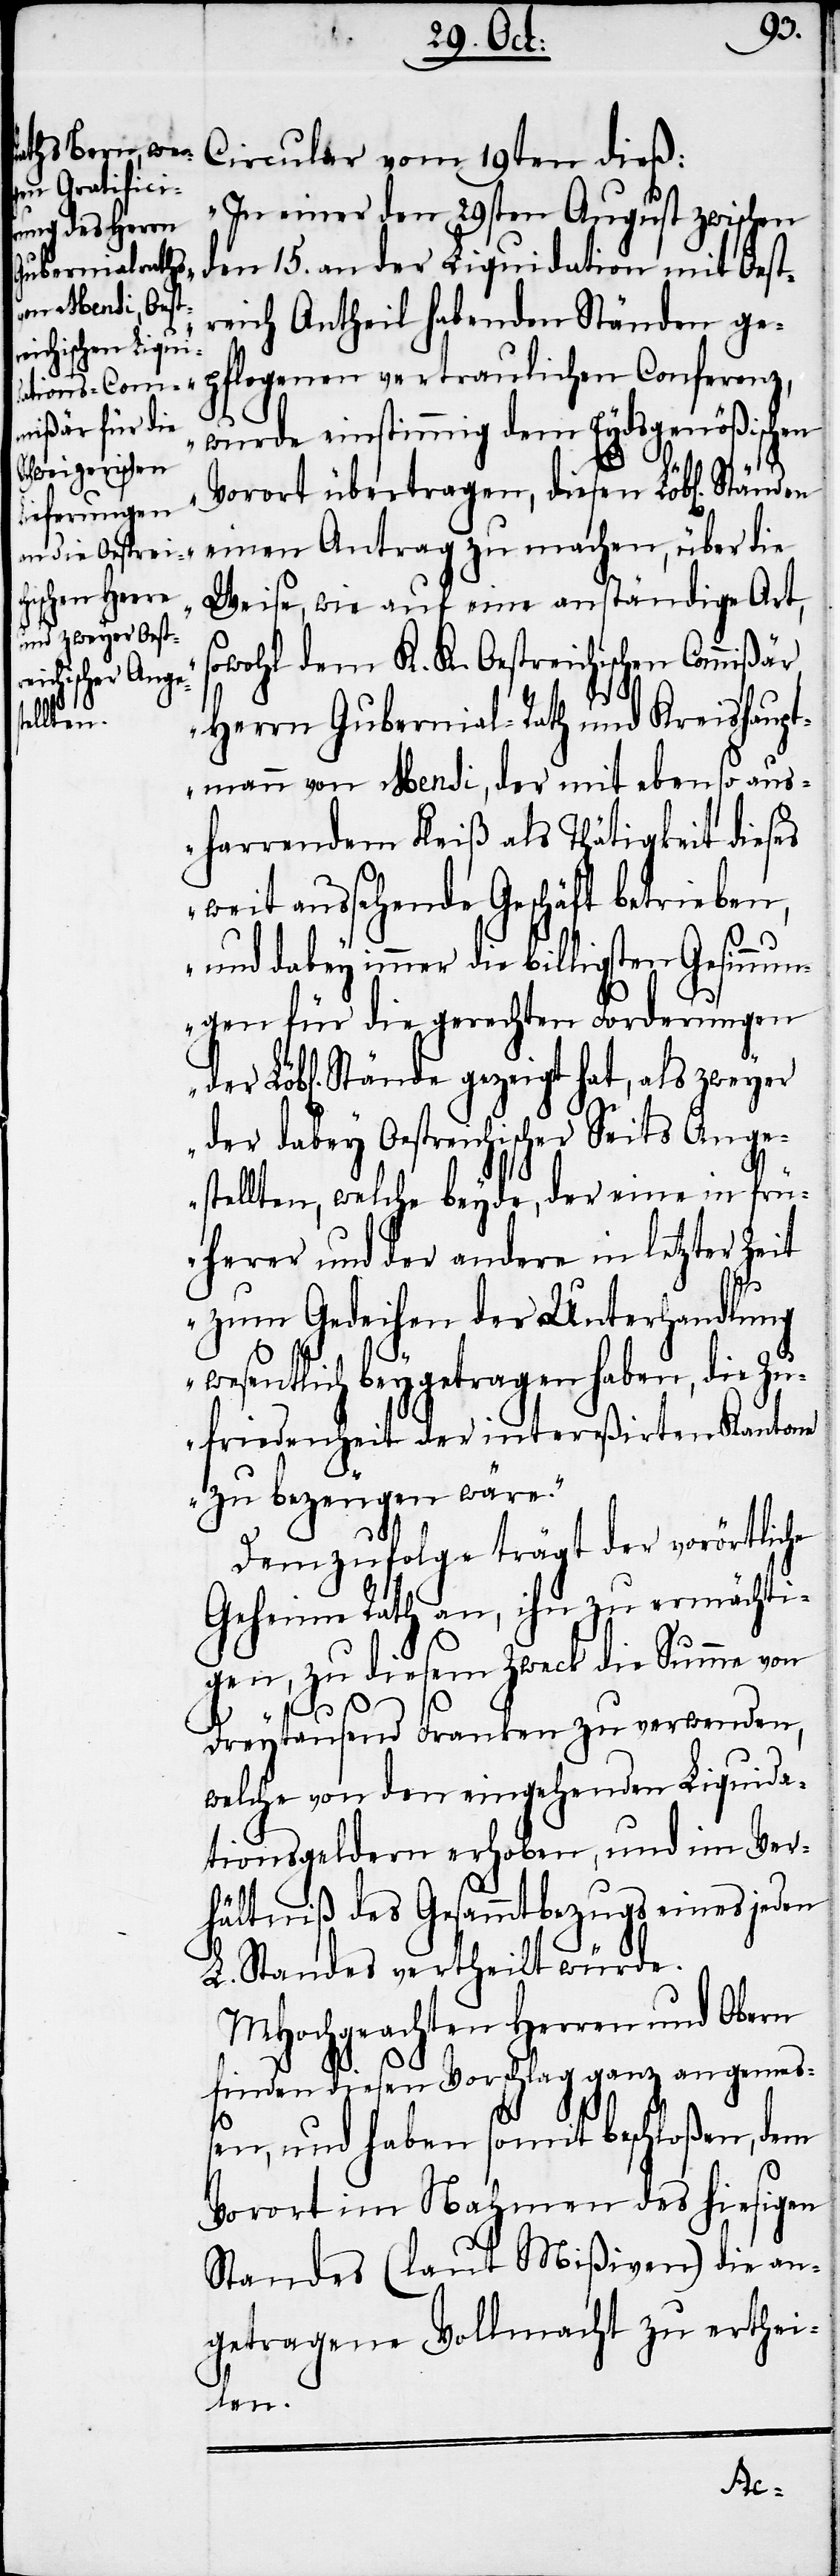
Circular vom 19ten dieß:
„In einer den 29sten August zwischen
den 15. an der Liquidation mit Oest¬
reich Antheil habenden Ständen ge¬
pflogenen vertraulichen Conferenz,
wurde einstimmig dem Eydsgenößischen
Vorort übertragen, diesen Löb[lichen]
einen Antrag zu machen, über die
Weise, wie auf eine anständige Art,
owohl dem K. K. Oestreichischen Commißär,
Herrn Gubernial-Rath und Kreishaupt¬
mann von Mendi, der mit ebenso aus¬
harrendem Fleiß als Thätigkeit dieses
weit aussehende Geschäft betrieben,
und dabey immer die billigsten Gesinn¬
ungen für die gerechten Forderungen
Stände gezeigt hat, als zweyer
der dabey Oestreichischer Seits Ange¬
stellten, welche beyde, der eine in frü¬
herer und der andere in letzterer
zum Gedeihen der Unterhandlung
wesentlich beygetragen haben, die Zu¬
friedenheit der intereßirten Kantone
zu bezeugen wäre.“
Demzufolge trägt der vorörtliche
Geheime Rath an, ihn zu ermächti¬
gen, zu diesem Zweck die Summe von
Dreytausend Franken zu verwenden,
welche von den eingehenden Liquida¬
tionsgeldern erhoben, und im Ver¬
hältniß des Gesammtbezugs eines jeden
L. Standes vertheilt würde.
MHochgeachten Herren und Obern
finden diesen Vorschlag ganz angemeß¬
en, und haben somit beschloßen, dem
Vorort im Nahmen des hiesigen
Standes (laut Mißiven) die an¬
getragene Vollmacht zu erthei¬
len.
der